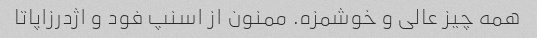
همه چیز عالی و خوشمزه. ممنون از اسنپ فود و اژدرزاپاتا